Annual report of the Bengal Veterinary College and of the Civil Veterinary Department, Bengal, for the year 1909-1910 - 1909-1910
Year: 1909
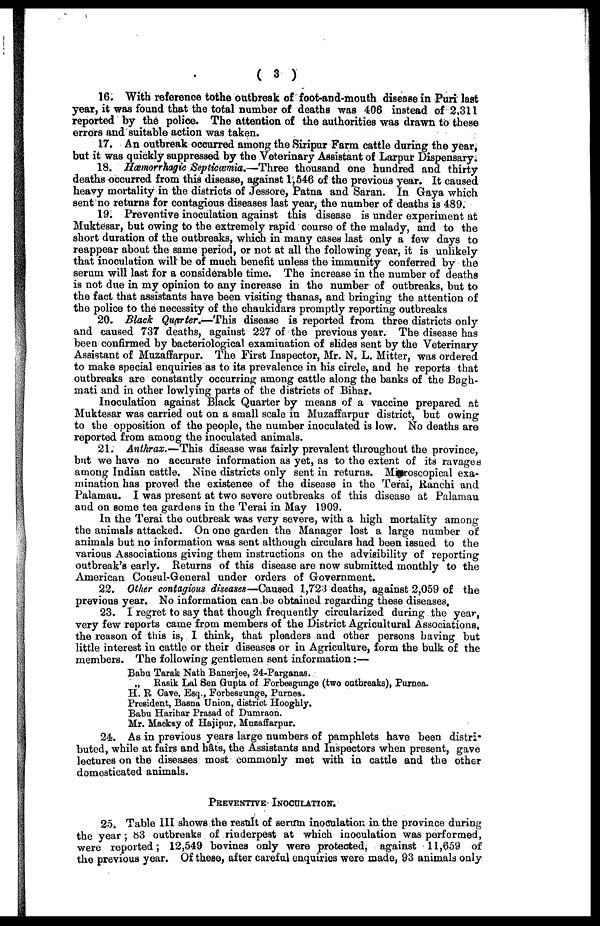
( 3 )
16. With reference tothe outbreak of foot-and-mouth disease in Puri last
year, it was found that the total number of deaths was 406 instead of 2,311
reported by the police. The attention of the authorities was drawn to these
errors and suitable action was taken.
17. An outbreak occurred among the Siripur Farm cattle during the year,
but it was quickly suppressed by the Veterinary Assistant of Larpur Dispensary.
18. Hæmorrhagic Septiæmia.—Three thousand one hundred and thirty
deaths occurred from this disease, against 1,546 of the previous year. It caused
heavy mortality in the districts of Jessore, Patna and Saran. In Gaya which
sent no returns for contagious diseases last year, the number of deaths is 489.
19. Preventive inoculation against this disease is under experiment at
Muktesar, but owing to the extremely rapid course of the malady, and to the
short duration of the outbreaks, which in many cases last only a few days to
reappear about the same period, or not at all the following year, it is unlikely
that inoculation will be of much benefit unless the immunity conferred by the
serum will last for a considerable time. The increase in the number of deaths
is not due in my opinion to any increase in the number of outbreaks, but to
the fact that assistants have been visiting thanas, and bringing the attention of
the police to the necessity of the chaukidars promptly reporting outbreaks
20. Black Quarter,—This disease is reported from three districts only
and caused 737 deaths, against 227 of the previous year. The disease has
been confirmed by bacteriological examination of slides sent by the Veterinary
Assistant of Muzaffarpur. The First Inspector, Mr. N. L. Mitter, was ordered
to make special enquiries as to its prevalence in his circle, and he reports that
outbreaks are constantly occurring among cattle along the banks of the Bagh-
mati and in other lowlying parts of the districts of Bihar.
Inoculation against Black Quarter by means of a vaccine prepared at
Muktesar was carried out on a small scale in Muzaffarpur district, but owing
to the opposition of the people, the number inoculated is low. No deaths are
reported from among the inoculated animals.
21. Anthrax.—This disease was fairly prevalent throughout the province,
but we have no accurate information as yet, as to the extent of its ravages
among Indian cattle. Nine districts only sent in returns. Misroscopical exa-
mination has proved the existence of the disease in the Terai, Ranchi and
Palamau. I was present at two severe outbreaks of this disease at Palamau
and on some tea gardens in the Terai in May 1909.
In the Terai the outbreak was very severe, with a high mortality among
the animals attacked. On one garden the Manager lost a large number of
animals but no information was sent although circulars had been issued to the
various Associations giving them instructions on the advisibility of reporting
outbreak's early. Returns of this disease are now submitted monthly to the
American Consul-General under orders of Government.
22. Other contagious diseases—Caused l,723 deaths, against 2,059 of the
previous year. No information can be obtained regarding these diseases,
23. I regret to say that though frequently circularized during the year,
very few reports came from members of the District Agricultural Associations,
the reason of this is, I think, that pleaders and other persons having but
little interest in cattle or their diseases or in Agriculture, form the bulk of the
members. The following gentlemen sent information:—
Babu Tarak Nath Banerjee, 24-Parganas.
„ Rasik Lal Sen Gupta of Forbesgunge (two outbreaks), Purnea.
H. R Cave, Esq., Forbesgunge, Purnea.
President, Basna Union, district Hooghly.
Babu Haribar Prasad of Dumraon.
Mr. Mackay of Hajipur, Muzaffarpur.
24. As in previous years large numbers of pamphlets have been distri-
buted, while at fairs and hâts, the Assistants and Inspectors when present, gave
lectures on the diseases most commonly met with in cattle and the other
domesticated animals.
PREVENTIVE INOCULATION.
25. Table III shows the result of serum inoculation in the province during
the year ; 83 outbreaks of rinderpest at which inoculation was performed,
were reported; 12,549 bovines only were protected, against 11,659 of
the previous year. Of these, after careful enquiries were made, 93 animals only